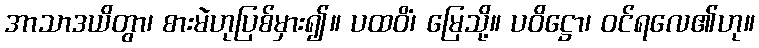
အာသာဒယိတွာ၊ စားမဲဟုပြစ်မှား၍။ ပထဝိံ၊ မြေသို့။ ပဝိဋ္ဌော၊ ဝင်ရလေ၏ဟု။